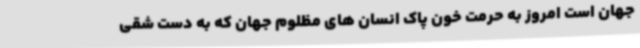
جهان است امروز به حرمت خون پاک انسان های مظلوم جهان که به دست شقی